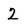
Character: 2